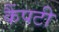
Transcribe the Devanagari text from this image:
कैंपटी